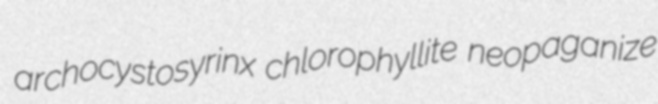
archocystosyrinx chlorophyllite neopaganize